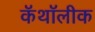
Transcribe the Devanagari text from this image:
कॅथॉलीक